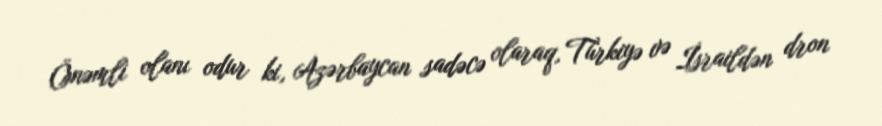
Önəmli olanı odur ki, Azərbaycan sadəcə olaraq, Türkiyə və İsraildən dron